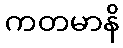
ကတမာနိ